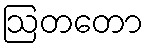
ဩတတော